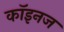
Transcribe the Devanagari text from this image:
कॉइनज